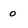
Character: 0